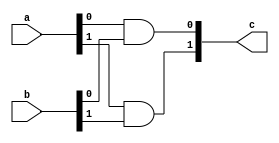
`timescale 1ns / 1ps
//////////////////////////////////////////////////////////////////////////////////
// Company: 
// Engineer: 
// 
// Design Name: 
// Module Name:    And_Gate 
// Project Name: 
// Target Devices: 
// Tool versions: 
// Description: 
//
// Dependencies: 
//
// Revision: 
// Revision 0.01 - File Created
// Additional Comments: 
//
//////////////////////////////////////////////////////////////////////////////////
module And_Gate(
input wire [1:0] a,b,
output wire [1:0] c
    );
assign c[0]=a[0]&b[0];
assign c[1]=a[1]&b[1];

endmodule